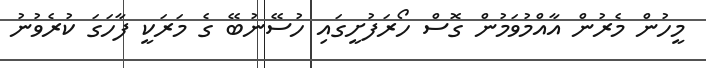
މީހުން މެރުން އާއްމުވަމުން ގޮސް ހޯރަފުށީގައި ހުސޭނުބޭ ގެ މަރަކީ ފާހަގަ ކުރެވުނު